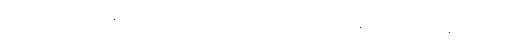
ပက်ထရစ်ရှာဟာ မြန်မာပြည်မှာ ပျော်ပြီး နယ်တွေဘက် ခရီးထွက်ချင်ပေမယ့် ခင်ပွန်းဖြစ်သူက